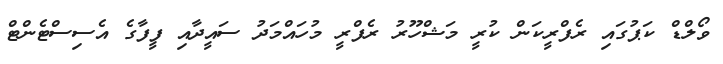
ވޯލްޑް ކަޕުގައި ރެފްރީކަން ކުރީ މަޝްހޫރު ރެފްރީ މުހައްމަދު ސައީދާއި ފީފާގެ އެސިސްޓެންޓް